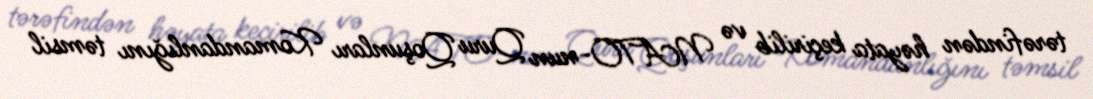
tərəfindən həyata keçirilib və NATO-nun Quru Qoşunları Komandanlığını təmsil